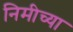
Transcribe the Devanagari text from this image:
निमीच्या